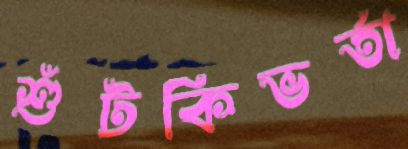
শুঁটকিভর্তা